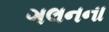
ગલનના